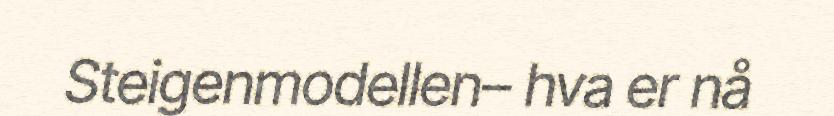
Steigenmodellen– hva er nå